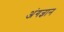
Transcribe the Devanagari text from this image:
अंगज्ञान